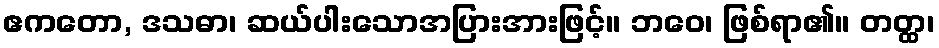
ဧကတော, ဒသဓာ၊ ဆယ်ပါးသောအပြားအားဖြင့်။ ဘဝေ၊ ဖြစ်ရာ၏။ တတ္ထ၊